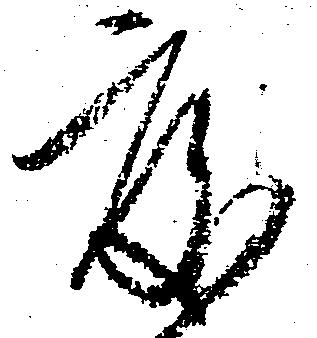
度